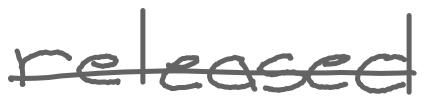
Text: released
Cross-out: single-line
Writing tool: digital_gray